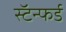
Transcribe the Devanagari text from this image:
स्टॅन्फर्ड